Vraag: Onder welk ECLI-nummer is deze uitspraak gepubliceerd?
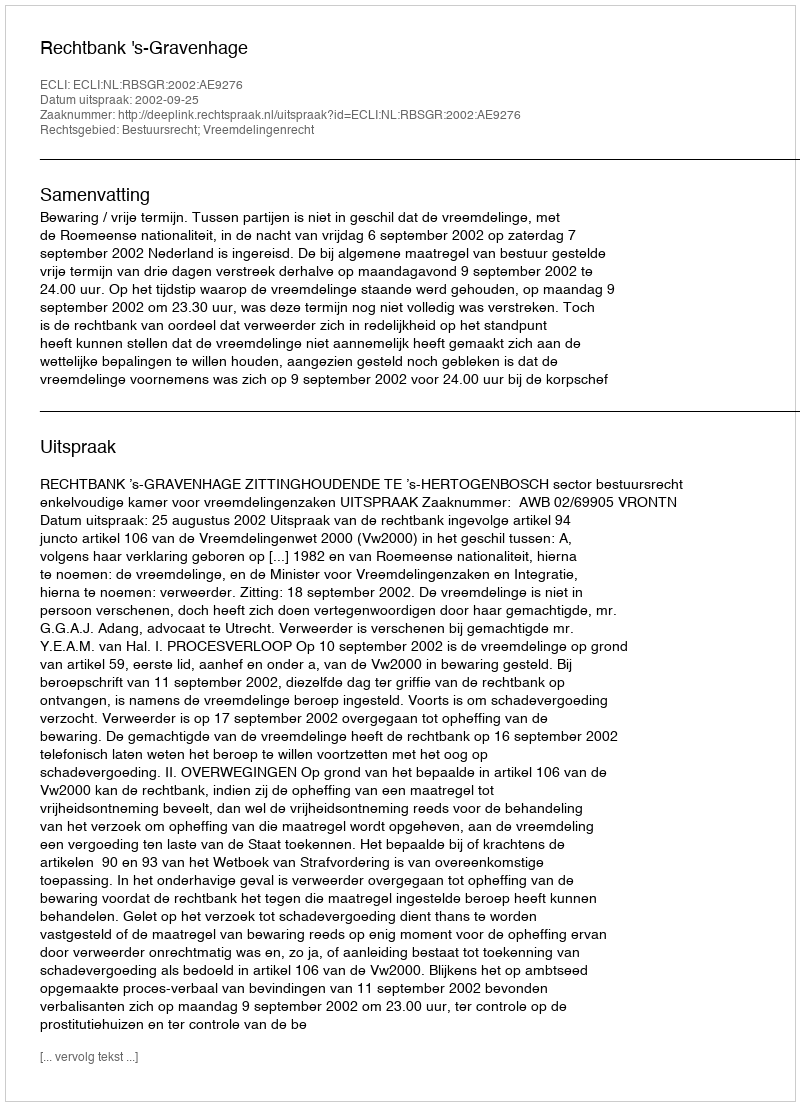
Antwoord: ECLI:NL:RBSGR:2002:AE9276